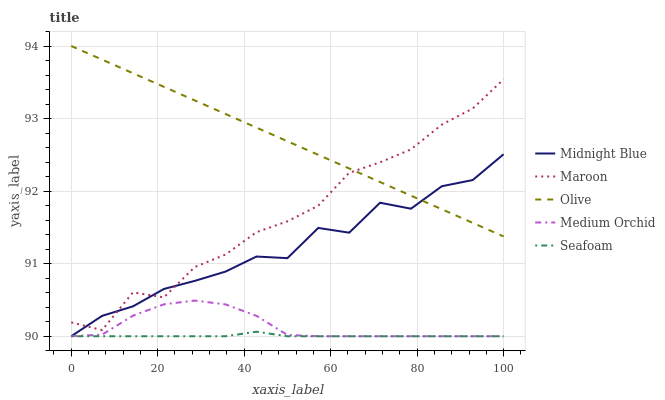
| xaxis_label | Midnight Blue | Maroon | Olive | Medium Orchid | Seafoam |
 | --- | --- | --- | --- | --- | --- |
 | 0 | 90 | 90.2 | 94 | 90 | 90 |
 | 7.14 | 90.3 | 90.1 | 93.8 | 90 | 90 |
 | 14.3 | 90.4 | 90.6 | 93.6 | 90.3 | 90 |
 | 21.4 | 90.7 | 90.5 | 93.4 | 90.4 | 90 |
 | 28.6 | 90.8 | 91 | 93.3 | 90.5 | 90 |
 | 35.7 | 90.9 | 91.1 | 93.1 | 90.4 | 90 |
 | 42.9 | 91.1 | 91.4 | 92.9 | 90.3 | 90.1 |
 | 50 | 91.1 | 91.6 | 92.7 | 90 | 90 |
 | 57.1 | 91.5 | 91.8 | 92.5 | 90 | 90 |
 | 64.3 | 91.4 | 92.3 | 92.3 | 90 | 90 |
 | 71.4 | 91.8 | 92.4 | 92.1 | 90 | 90 |
 | 78.6 | 91.8 | 92.6 | 91.9 | 90 | 90 |
 | 85.7 | 92.1 | 92.9 | 91.8 | 90 | 90 |
 | 92.9 | 92.2 | 93.1 | 91.6 | 90 | 90 |
 | 100 | 92.5 | 93.5 | 91.4 | 90 | 90 |